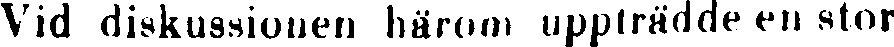
Vid diskussionen härom uppträdde en stor